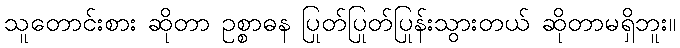
သူတောင်းစား ဆိုတာ ဥစ္စာဓန ပြုတ်ပြုတ်ပြုန်းသွားတယ် ဆိုတာမရှိဘူး။